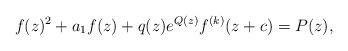
LaTeX: \begin{align*} f(z)^2+a_{1}f(z)+q(z)e^{Q(z)}f^{(k)}(z+c)=P(z), \end{align*}